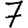
Digit: 7